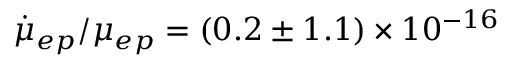
{ \dot { \mu } _ { e p } } / \mu _ { e p } = ( 0 . 2 \pm 1 . 1 ) \times 1 0 ^ { - 1 6 }